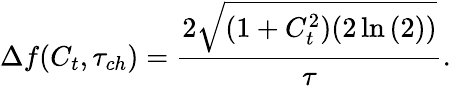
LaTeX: \Delta f(C_{t},\tau_{ch})=\frac{2\sqrt{(1+C_{t}^{2})(2\ln{(2)})}}{\tau}.